Problem: 37 + 17 = ?
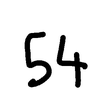
Handwritten answer: 54